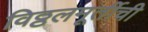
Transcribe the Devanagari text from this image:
विठ्ठलमूर्तीची